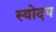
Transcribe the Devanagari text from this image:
स्वोदय